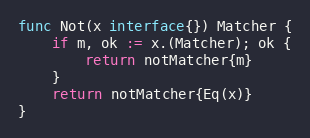
Language: Go
func Not(x interface{}) Matcher {
	if m, ok := x.(Matcher); ok {
		return notMatcher{m}
	}
	return notMatcher{Eq(x)}
}